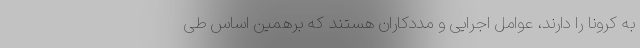
به کرونا را دارند، عوامل اجرایی و مددکاران هستند که برهمین اساس طی